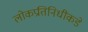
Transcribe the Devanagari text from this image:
लोकप्रतिनिधींकडे